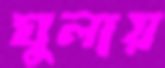
ঘুলায়